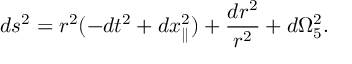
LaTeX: d s ^ { 2 } = r ^ { 2 } ( - d t ^ { 2 } + d x _ { \parallel } ^ { 2 } ) + { \frac { d r ^ { 2 } } { r ^ { 2 } } } + d \Omega _ { 5 } ^ { 2 } .